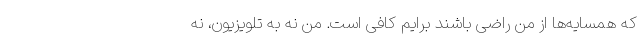
که همسایه‌ها از من راضی باشند برایم کافی است. من نه به تلویزیون، نه